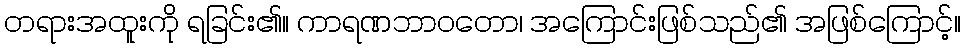
တရားအထူးကို ရခြင်း၏။ ကာရဏဘာဝတော၊ အကြောင်းဖြစ်သည်၏ အဖြစ်ကြောင့်။